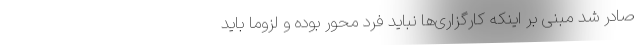
صادر شد مبنی بر اینکه کارگزاری‌ها نباید فرد محور بوده و لزوماً باید